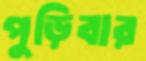
পুড়িবার